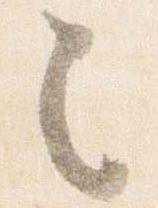
之